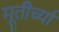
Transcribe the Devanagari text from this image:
मूतीर्च्या